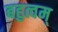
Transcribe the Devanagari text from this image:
बहुत्वम्